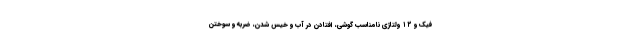
فیک و ۱۲ ولتاژی نامناسب گوشی، افتادن در آب و خیس شدن، ضربه و سوختن